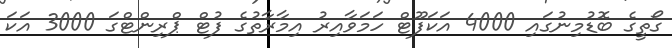
ގޯތީގެ ބޮޑުމިނުގައި 4000 އަކަފޫޓް ހަމަވާއިރު އިމާރާތުގެ ފުޓް ޕްރިންޓްގަ 3000 އަކަ